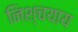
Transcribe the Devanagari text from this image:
निश्चयाय